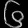
Digit: ၆